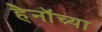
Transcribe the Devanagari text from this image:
हैनॉच्या